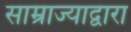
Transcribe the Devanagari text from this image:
साम्राज्याद्वारा